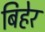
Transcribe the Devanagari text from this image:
बिहेर